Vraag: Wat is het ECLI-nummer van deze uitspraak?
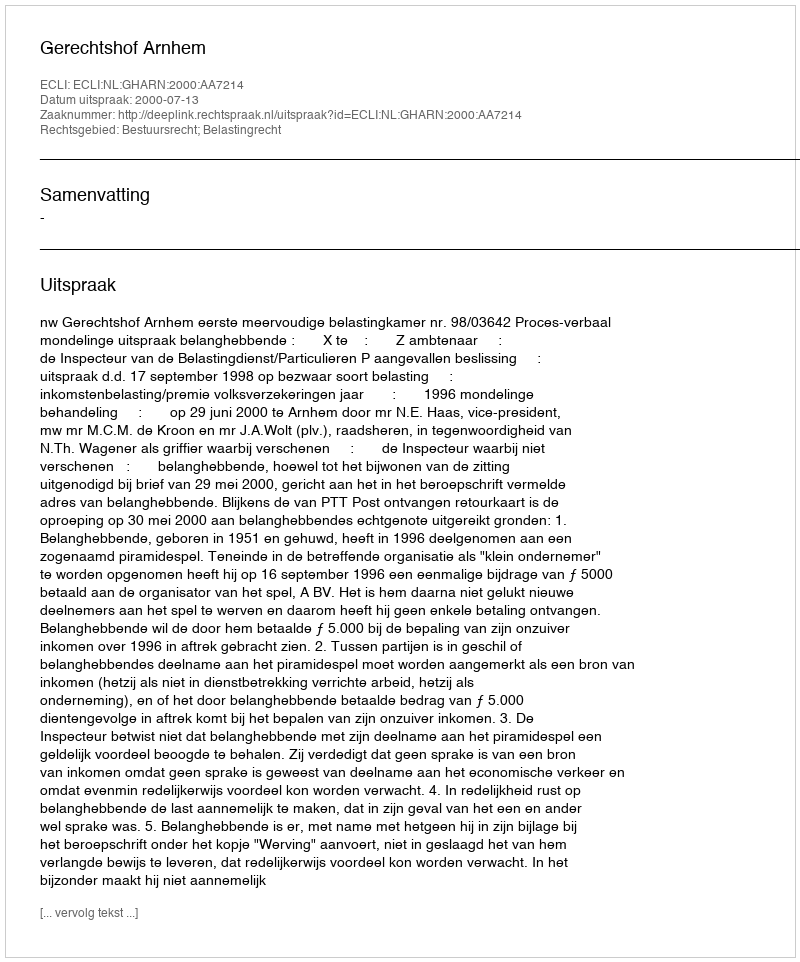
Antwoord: ECLI:NL:GHARN:2000:AA7214